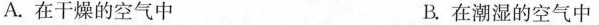
A.在干燥的空气中 B.在潮湿的空气中